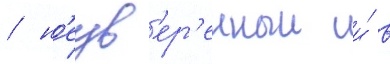
/ н'еув'ер'енныи и́ в